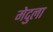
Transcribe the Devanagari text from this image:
मेदुला